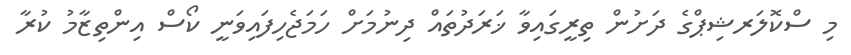
މި ސްކޮލަރޝިޕްގެ ދަށުން ތިރީގައިވާ ޚަރަދުތައް ދިނުމަށް ހަމަޖެހިފައިވަނީ ކޯސް އިންތިޒާމު ކުރާ